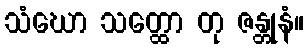
သံဃော သတ္ထော တု ဇန္တုနံ။